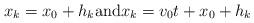
LaTeX: \begin{align*}x_k= x_0+h_k {\rm and } x_k= v_0t+x_0+h_k\end{align*}